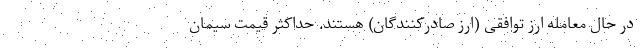
در حال معامله ارز توافقی (ارز صادرکنندگان) هستند. حداکثر قیمت سیمان